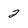
Character: 2